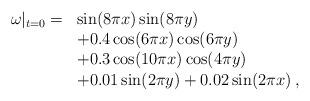
LaTeX: \begin{align*}\begin{array}{ll}\omega|_{t=0} =&\sin(8\pi x)\sin(8\pi y)\\& + 0.4 \cos(6\pi x)\cos(6\pi y) \\&+ 0.3 \cos(10\pi x)\cos(4\pi y) \\&+0.01\sin(2\pi y) +0.02 \sin(2\pi x)\,,\end{array}\end{align*}